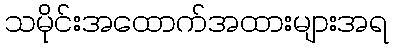
သမိုင်းအထောက်အထားများအရ